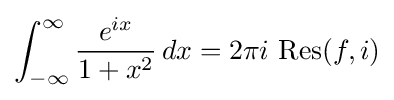
\int _{-\infty }^{\infty }{\frac {e^{ix}}{1+x^{2}}}\,dx=2\pi i\,\operatorname {Res} (f,i)